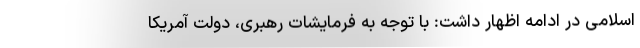
اسلامی در ادامه اظهار داشت: با توجه به فرمایشات رهبری، دولت آمریکا